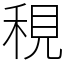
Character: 䅐